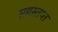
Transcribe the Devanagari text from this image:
सद्यस्तप्त